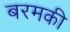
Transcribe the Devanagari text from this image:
बरमकी